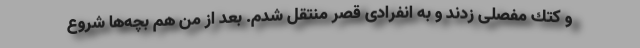
و كتك مفصلی زدند و به انفرادی قصر منتقل شدم. بعد از من هم بچه‌ها شروع